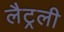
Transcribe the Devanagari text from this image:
लैट्रली